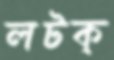
লটক্